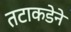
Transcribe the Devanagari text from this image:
तटाकडेने